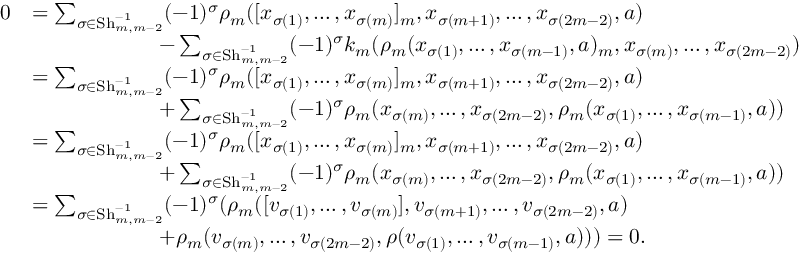
\begin{array} { r l } { 0 } & { = \sum _ { \sigma \in \operatorname { S h } _ { m , m - 2 } ^ { - 1 } } ( - 1 ) ^ { \sigma } \rho _ { m } ( [ x _ { \sigma ( 1 ) } , \dotsc , x _ { \sigma ( m ) } ] _ { m } , x _ { \sigma ( m + 1 ) } , \dotsc , x _ { \sigma ( 2 m - 2 ) } , a ) } \\ & { \ \ \ \ \ \ \ \ \ \ \ \ \ \ \ \ \ \ - \sum _ { \sigma \in \operatorname { S h } _ { m , m - 2 } ^ { - 1 } } ( - 1 ) ^ { \sigma } k _ { m } ( \rho _ { m } ( x _ { \sigma ( 1 ) } , \dotsc , x _ { \sigma ( m - 1 ) } , a ) _ { m } , x _ { \sigma ( m ) } , \dotsc , x _ { \sigma ( 2 m - 2 ) } ) } \\ & { = \sum _ { \sigma \in \operatorname { S h } _ { m , m - 2 } ^ { - 1 } } ( - 1 ) ^ { \sigma } \rho _ { m } ( [ x _ { \sigma ( 1 ) } , \dotsc , x _ { \sigma ( m ) } ] _ { m } , x _ { \sigma ( m + 1 ) } , \dotsc , x _ { \sigma ( 2 m - 2 ) } , a ) } \\ & { \ \ \ \ \ \ \ \ \ \ \ \ \ \ \ \ \ \ + \sum _ { \sigma \in \operatorname { S h } _ { m , m - 2 } ^ { - 1 } } ( - 1 ) ^ { \sigma } \rho _ { m } ( x _ { \sigma ( m ) } , \dotsc , x _ { \sigma ( 2 m - 2 ) } , \rho _ { m } ( x _ { \sigma ( 1 ) } , \dotsc , x _ { \sigma ( m - 1 ) } , a ) ) } \\ & { = \sum _ { \sigma \in \operatorname { S h } _ { m , m - 2 } ^ { - 1 } } ( - 1 ) ^ { \sigma } \rho _ { m } ( [ x _ { \sigma ( 1 ) } , \dotsc , x _ { \sigma ( m ) } ] _ { m } , x _ { \sigma ( m + 1 ) } , \dotsc , x _ { \sigma ( 2 m - 2 ) } , a ) } \\ & { \ \ \ \ \ \ \ \ \ \ \ \ \ \ \ \ \ \ + \sum _ { \sigma \in \operatorname { S h } _ { m , m - 2 } ^ { - 1 } } ( - 1 ) ^ { \sigma } \rho _ { m } ( x _ { \sigma ( m ) } , \dotsc , x _ { \sigma ( 2 m - 2 ) } , \rho _ { m } ( x _ { \sigma ( 1 ) } , \dotsc , x _ { \sigma ( m - 1 ) } , a ) ) } \\ & { = \sum _ { \sigma \in \operatorname { S h } _ { m , m - 2 } ^ { - 1 } } ( - 1 ) ^ { \sigma } ( \rho _ { m } ( [ v _ { \sigma ( 1 ) } , \dotsc , v _ { \sigma ( m ) } ] , v _ { \sigma ( m + 1 ) } , \dotsc , v _ { \sigma ( 2 m - 2 ) } , a ) } \\ & { \ \ \ \ \ \ \ \ \ \ \ \ \ \ \ \ \ \ + \rho _ { m } ( v _ { \sigma ( m ) } , \dotsc , v _ { \sigma ( 2 m - 2 ) } , \rho ( v _ { \sigma ( 1 ) } , \dotsc , v _ { \sigma ( m - 1 ) } , a ) ) ) = 0 . } \end{array}